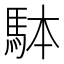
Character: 𩢕